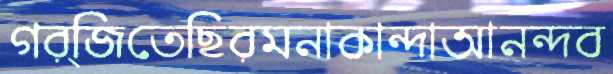
গর্জিতেছিরমনাকান্দাআনন্দব